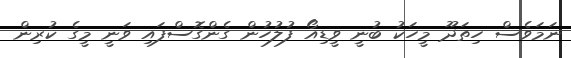
ނަމަވެސް ހިތަދޫ މީހަކު ބުނީ ވީޑިއޯ ފުލުހުން ގެންގޮސްފައި ވަނީ މީގެ ކުރިން